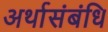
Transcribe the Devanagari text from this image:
अर्थासंबंधि